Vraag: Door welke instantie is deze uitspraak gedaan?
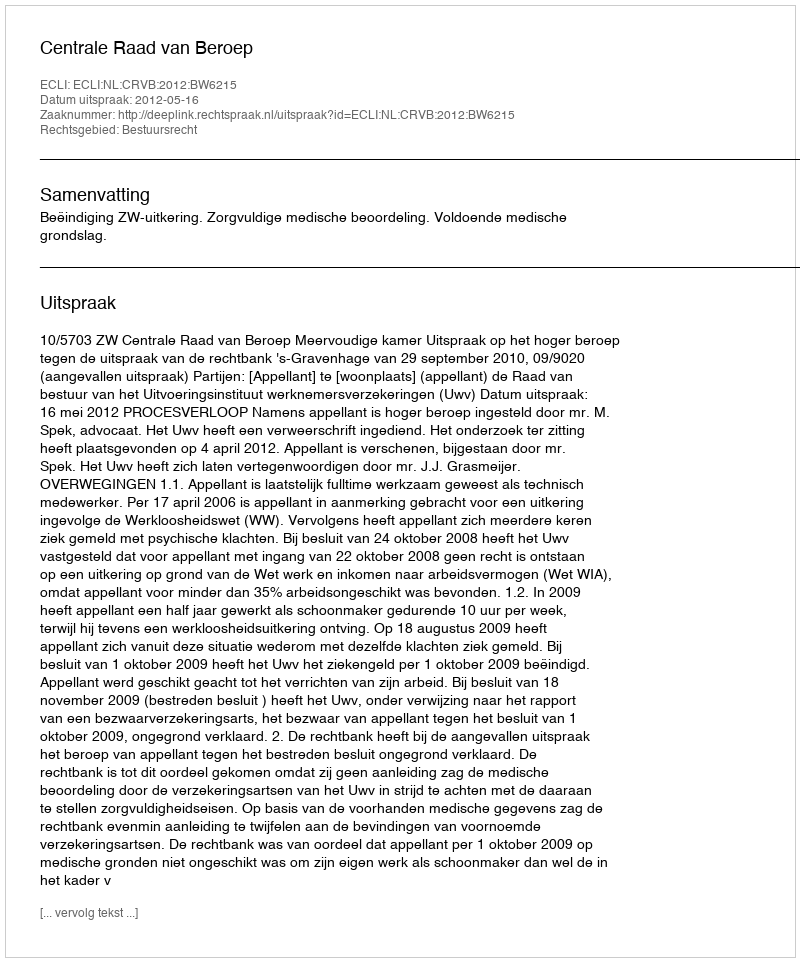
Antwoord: Centrale Raad van Beroep